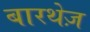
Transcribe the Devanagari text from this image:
बारथेज़